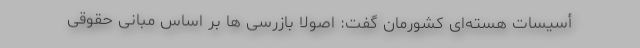
أسیسات هسته‌ای کشورمان گفت: اصولاً بازرسی ها بر اساس مبانی حقوقی